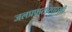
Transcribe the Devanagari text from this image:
जलप्रपातासारखी